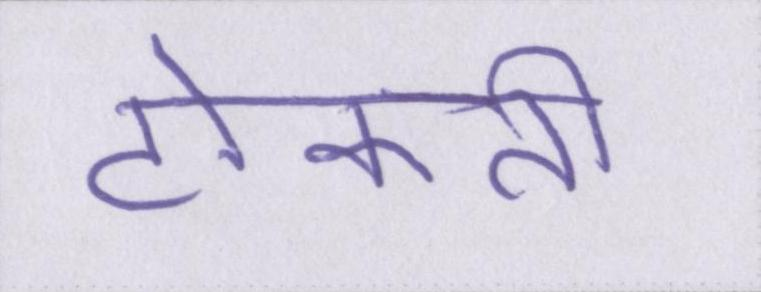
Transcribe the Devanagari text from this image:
टोकती